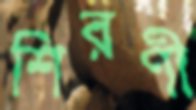
শিরণী